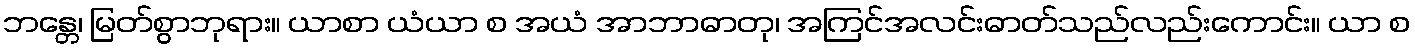
ဘန္တေ၊ မြတ်စွာဘုရား။ ယာစာ ယံယာ စ အယံ အာဘာဓာတု၊ အကြင်အလင်းဓာတ်သည်လည်းကောင်း။ ယာ စ